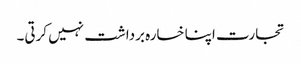
تجارت اپنا خسارہ برداشت نہیں کرتی۔